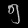
Digit: ၅